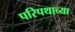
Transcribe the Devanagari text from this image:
परिपथाच्या